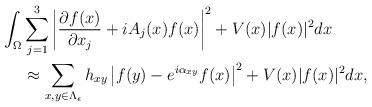
LaTeX: \begin{align*} \int_{\Omega}&\sum_{j=1}^{3}\left|\frac{\partial f(x)}{\partial x_{j}}+iA_{j}(x)f(x)\right|^{2}+V(x)|f(x)|^{2}dx\\&\approx\sum_{x,y\in\Lambda_{\epsilon}}h_{xy}\left|f(y)-e^{i\alpha_{xy}}f(x)\right|^{2}+V(x)|f(x)|^{2}dx,\end{align*}